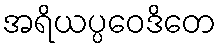
အရိယပ္ပဝေဒိတေ